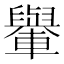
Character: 轝